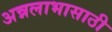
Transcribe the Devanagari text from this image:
अन्नलाभासाठी